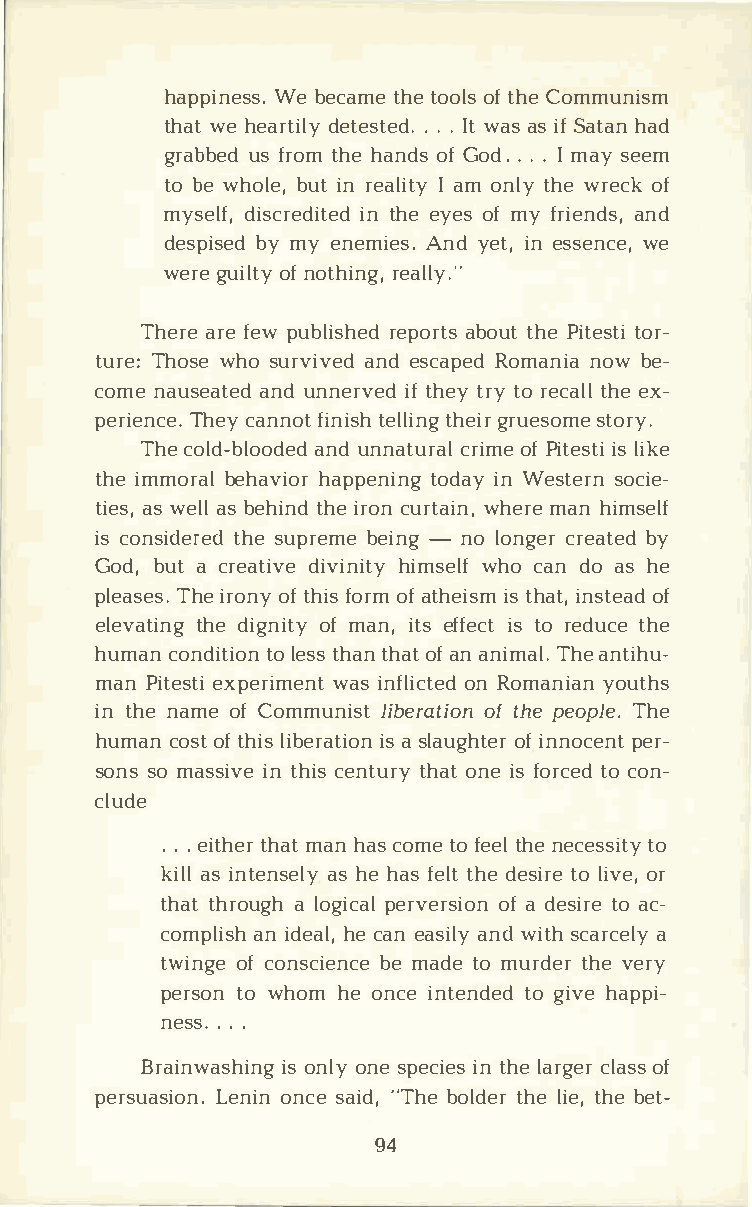
happinWeesb se.c atmhete o oolfts h Ceo mmunism
 thawteh eartdieltye. s.t.eI.dwt a sa si Sfa thaand
 grabbuesfd r otmh hea ndosfG o.d. .I.m ays eem
 tob ew holbeu,it n r ealIia tmyo nltyh wer ecokf
 mysedlifs,c reidnti hteeey de osfm yf rieanndds ,
 despibsyem dy e nemiAensd.y eti,ne ssenwcee ,
 wergeu ilotfny o thirnega,l ly."
 Theraerf ee wp ublirsehpeodar btosu tP ittheets otri­
 turTeh:o sweh os urviavneded s capReodm annioawb e­
 comnea useaatnedud n nerivtfeh de tyr tyo r ectahleelx ­
 perieTnhceecy.a nnfoitn tieslhl tihneggir ru essotmoer y.
 Thec old-blaonodud nenda tcurriaomlfe P iteisslt iik e
 thiem morbaelh avhiaoprp entiondgai ynW estesronc ie­
 tieassw, e lalsb ehitnhdie r ocnu rtwahienr,me a nh imself
 isc onsidtehrseeu dp rebmeei n-gn ol ongcerre abtye d
 Godb,u ta creatdiivvei nhiitmys wehlofc and oa sh e
 pleaTsheeis r.o onfyt hifso romfa theiisst hma itn,s toefa d
 elevatthiedn igg noiftm ya ni,t esf feicstt or edutchee
 humacno ndittoli eostnhs a tnh aotfa na nimTahlea. n tihu­
 manP iteesxtpie riwmaesin ntf liocnRt oemda niyaonu ths
 int hnea meo fC ommunliisbte roaftt ihopene opTlhee.
 humacno sotft hilsi beriasats iloanu gohfit nenro cpeenrt­
 sonssom assiivnte h icse ntutrhyao tn ei sf orcteocd o n­
 clude
 ..e.i thtehram ta nh acso mteof etehlne e cestsoi ty
 kialsli ntenasseh lehy a fse tlhtde e sitrole i voer,
 thatth rouagl ho gipcearlv erosfai d oens itroae c ­
 complainis dhe haelc ,a ena sialnydw itshc arcae ly
 twinogfec onscibeenm caedt eo m urdtehrve e ry
 perstoonw homh eo ncien tentdoeg di vhea ppi­
 nes.s. ..
 Brainwaissoh nilnoygn es peciinte hsle a rgcelrao sfs
 persuaLseinoionnn. c sea i"dT,h beo ldtehrle i teh,be e t-
 94